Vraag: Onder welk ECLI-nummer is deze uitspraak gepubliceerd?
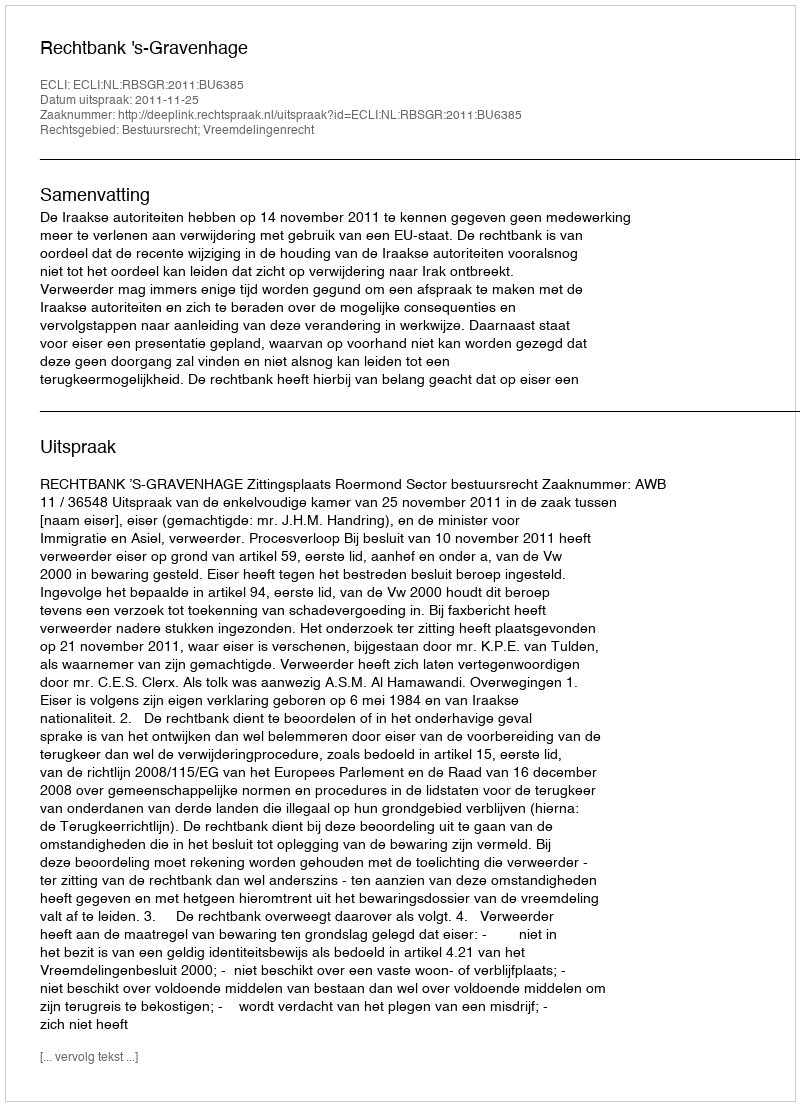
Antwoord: ECLI:NL:RBSGR:2011:BU6385